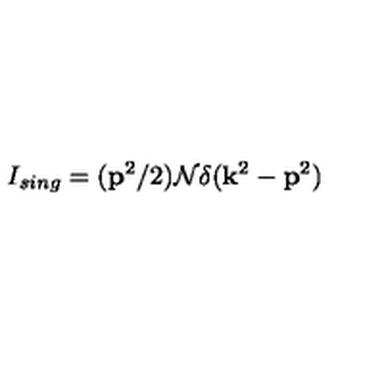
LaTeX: I _ { s i n g } = ( { \bf p } ^ { 2 } / 2 ) { \cal N } \delta ( { \bf k } ^ { 2 } - { \bf p } ^ { 2 } )